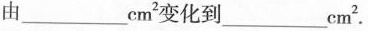
由___cm^{2}变化到___cm^{2}.